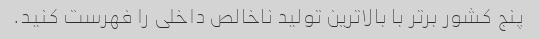
پنج کشور برتر با بالاترین تولید ناخالص داخلی را فهرست کنید.